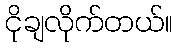
ငိုချလိုက်တယ်။